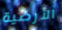
الأرضية